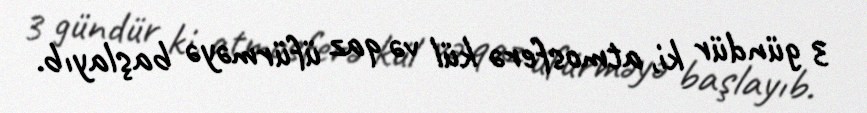
3 gündür ki, atmosferə kül və qaz üfürməyə başlayıb.